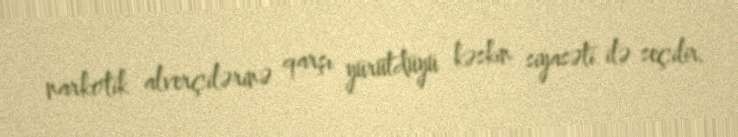
narkotik alverçilərinə qarşı yürütdüyü kəskin siyasəti ilə seçilir.